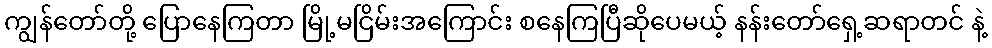
ကျွန်တော်တို့ ပြောနေကြတာ မြို့မငြိမ်းအကြောင်း စနေကြပြီဆိုပေမယ့် နန်းတော်ရှေ့ဆရာတင် နဲ့